Report on the working of the Ranchi Indian Mental Hospital, Kanke, in Bihar and Orissa - 1930-1940
Year: 1930
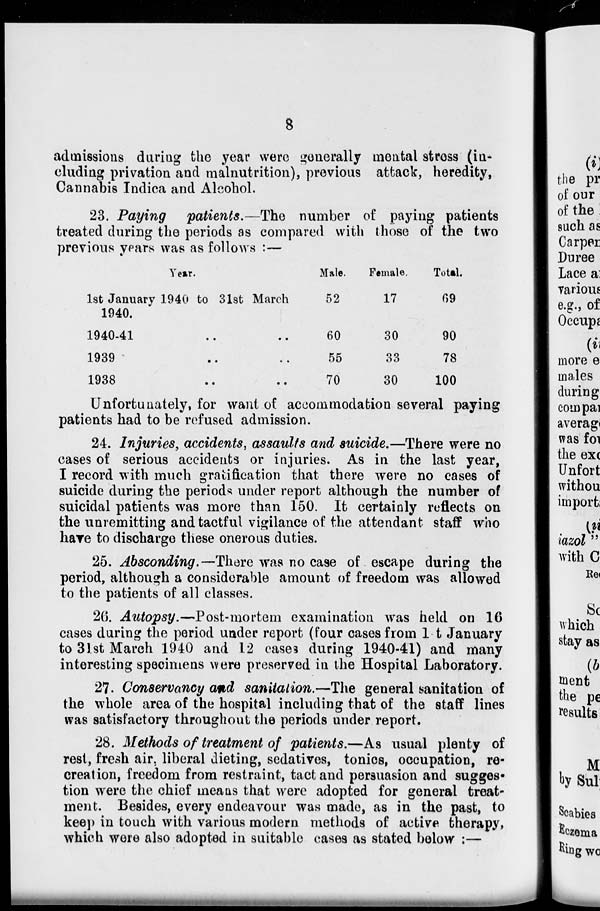
8
admissions during the year were generally mental stress (in-
cluding privation and malnutrition), previous attack, heredity,
Cannabis Indica and Alcohol.
23. Paying patients.—The number of paying patients
treated during the periods as compared with those of the two
previous years was as follows :—
Year.
1st January 1940 to 31st March
1940.
1940-41 .. ..
1939 .. ..
1938 .. ..
Male.
52
60
55
70
Female.
17
30
33
30
Total.
69
90
78
100
Unfortunately, for want of accommodation several paying
patients had to be refused admission.
24. Injuries, accidents, assaults and suicide.—There were no
cases of serious accidents or injuries. As in the last year,
I record with much gratification that there were no cases of
suicide during the periods under report although the number of
suicidal patients was more than 150. It certainly reflects on
the unremitting and tactful vigilance of the attendant staff who
have to discharge these onerous duties.
25. Absconding.—There was no case of escape during the
period, although a considerable amount of freedom was allowed
to the patients of all classes.
26. Autopsy.—Post-mortem examination was held on 16
cases during the period under report (four cases from 1st January
to 31st March 1940 and 12 cases during 1940-41) and many
interesting specimens were preserved in the Hospital Laboratory.
27. Conservancy and sanitation.—The general sanitation of
the whole area of the hospital including that of the staff lines
was satisfactory throughout the periods under report.
28. Methods of treatment of patients.—As usual plenty of
rest, fresh air, liberal dieting, sedatives, tonics, occupation, re-
creation, freedom from restraint, tact and persuasion and sugges-
tion were the chief means that were adopted for general treat-
ment. Besides, every endeavour was made, as in the past, to
keep in touch with various modern methods of active therapy,
which were also adopted in suitable cases as stated below :—